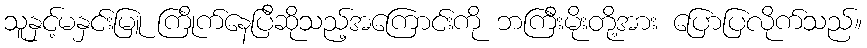
သူနှင့်မနှင်းမြူ ကြိုက်နေပြီဆိုသည့်အကြောင်းကို ဘကြီးမိုးတို့အား ပြောပြလိုက်သည်။